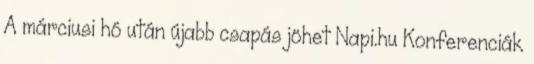
A márciusi hó után újabb csapás jöhet Napi.hu Konferenciák